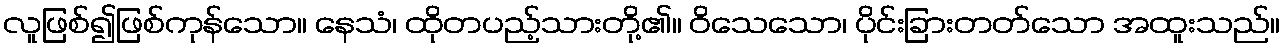
လူဖြစ်၍ဖြစ်ကုန်သော။ နေသံ၊ ထိုတပည့်သားတို့၏။ ဝိသေသော၊ ပိုင်းခြားတတ်သော အထူးသည်။